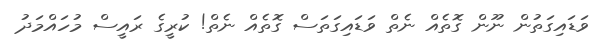
ވަޑައިގަތުން ނޫން ގޮތެއް ނެތް ވަޑައިގަތަސް ގޮތެއް ނެތް! ކުރީގެ ރައީސް މުހައްމަދު